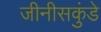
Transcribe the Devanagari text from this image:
जीनीसकुंडे